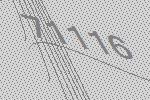
71116